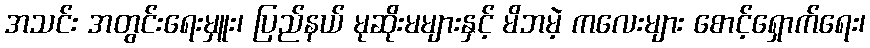
အသင်း အတွင်းရေးမှူး၊ ပြည်နယ် မုဆိုးမများနှင့် မိဘမဲ့ ကလေးများ စောင့်ရှောက်ရေး၊